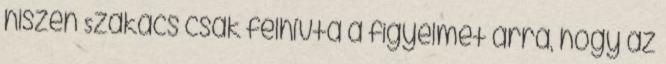
hiszen Szakács csak felhívta a figyelmét arra, hogy az